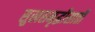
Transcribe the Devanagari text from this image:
सुखसमृद्धीसाठी